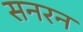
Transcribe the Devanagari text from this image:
सनरन